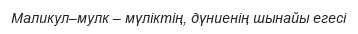
Маликул–мулк – мүліктің, дүниенің шынайы егесі